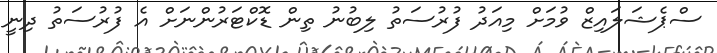
ސްޕެޝަލައިޒް ވުމަށް މިއަދު ފުރުސަތު ލިބުނު ތިން ޑޮކްޓަރުންނަށް އެ ފުރުސަތު ދިނީ